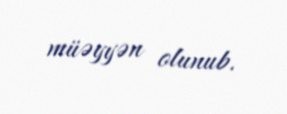
müəyyən olunub.